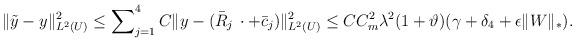
LaTeX: \begin{align*}\Vert\tilde{y} - y \Vert^2_{L^2(U)} & \le \sum\nolimits^4_{j=1} C\Vert y - (\bar{R}_j\,\cdot + \bar{c}_j)\Vert^2_{L^2(U)} \le C C_m^2 \lambda^2 (1+ \vartheta) (\gamma + \delta_4 + \epsilon \Vert W \Vert_*).\end{align*}